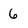
Character: 6